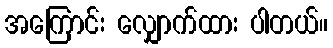
အကြောင်း လျှောက်ထား ပါတယ်။